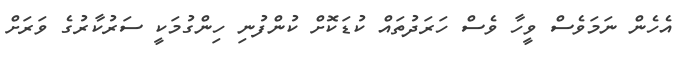
އެހެން ނަމަވެސް ވީހާ ވެސް ހަރަދުތައް ކުޑަކޮށް ކުންފުނި ހިންގުމަކީ ސަރުކާރުގެ ވަރަށް